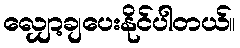
လျှော့ချပေးနိုင်ပါတယ်။